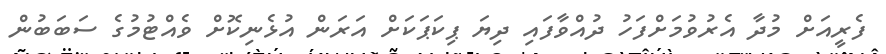
ފެރީއަށް މުދާ އެރުވުމަށްފަހު ދުއްވާފައި ދިޔަ ޕިކަޕަކަށް އަރަން އުޅެނިކޮށް ވެއްޓުމުގެ ސަބަބުން